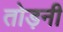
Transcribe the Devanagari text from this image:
तोड़नी